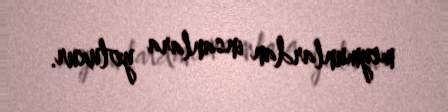
meymunlardan insanlara yoluxur.